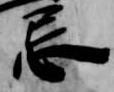
忌